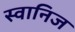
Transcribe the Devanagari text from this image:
स्वानिज